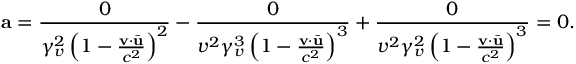
\mathbf { a } = \frac { 0 } { \gamma _ { v } ^ { 2 } \left( 1 - \frac { \mathbf { v } \cdot \bar { \mathbf { u } } } { c ^ { 2 } } \right) ^ { 2 } } - \frac { 0 } { v ^ { 2 } \gamma _ { v } ^ { 3 } \left( 1 - \frac { \mathbf { v } \cdot \bar { \mathbf { u } } } { c ^ { 2 } } \right) ^ { 3 } } + \frac { 0 } { v ^ { 2 } \gamma _ { v } ^ { 2 } \left( 1 - \frac { \mathbf { v } \cdot \bar { \mathbf { u } } } { c ^ { 2 } } \right) ^ { 3 } } = 0 .